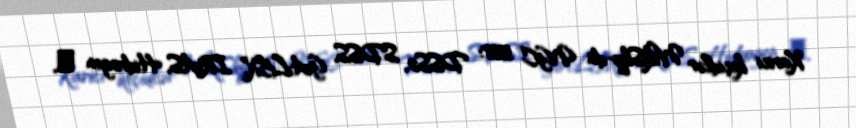
Xarici keçidlər WikiSky-da NGC 5558: DSS2, SDSS, GALEX, IRAS, Hidrogen α,